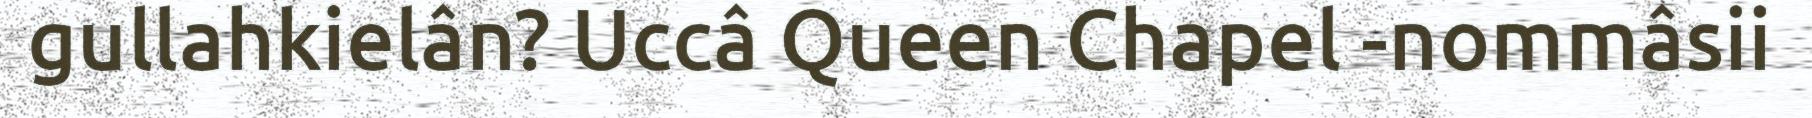
gullahkielân? Uccâ Queen Chapel -nommâsii